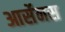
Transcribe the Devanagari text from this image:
आर्सेनस